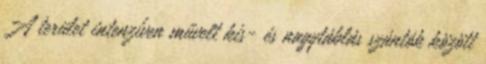
A terület intenzíven művelt kis- és nagytáblás szántók között